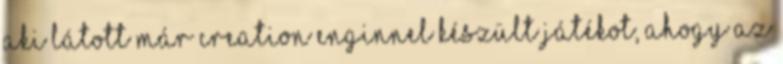
aki látott már Creation Enginnel készült játékot, ahogy az